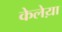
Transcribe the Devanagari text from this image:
केलेय़ा